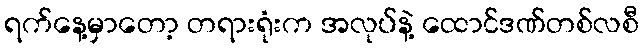
ရက်နေ့မှာတော့ တရားရုံးက အလုပ်နဲ့ ထောင်ဒဏ်တစ်လစီ